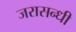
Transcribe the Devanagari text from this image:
जरासन्धी